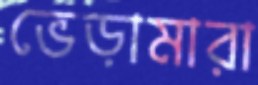
ভেড়ামারা